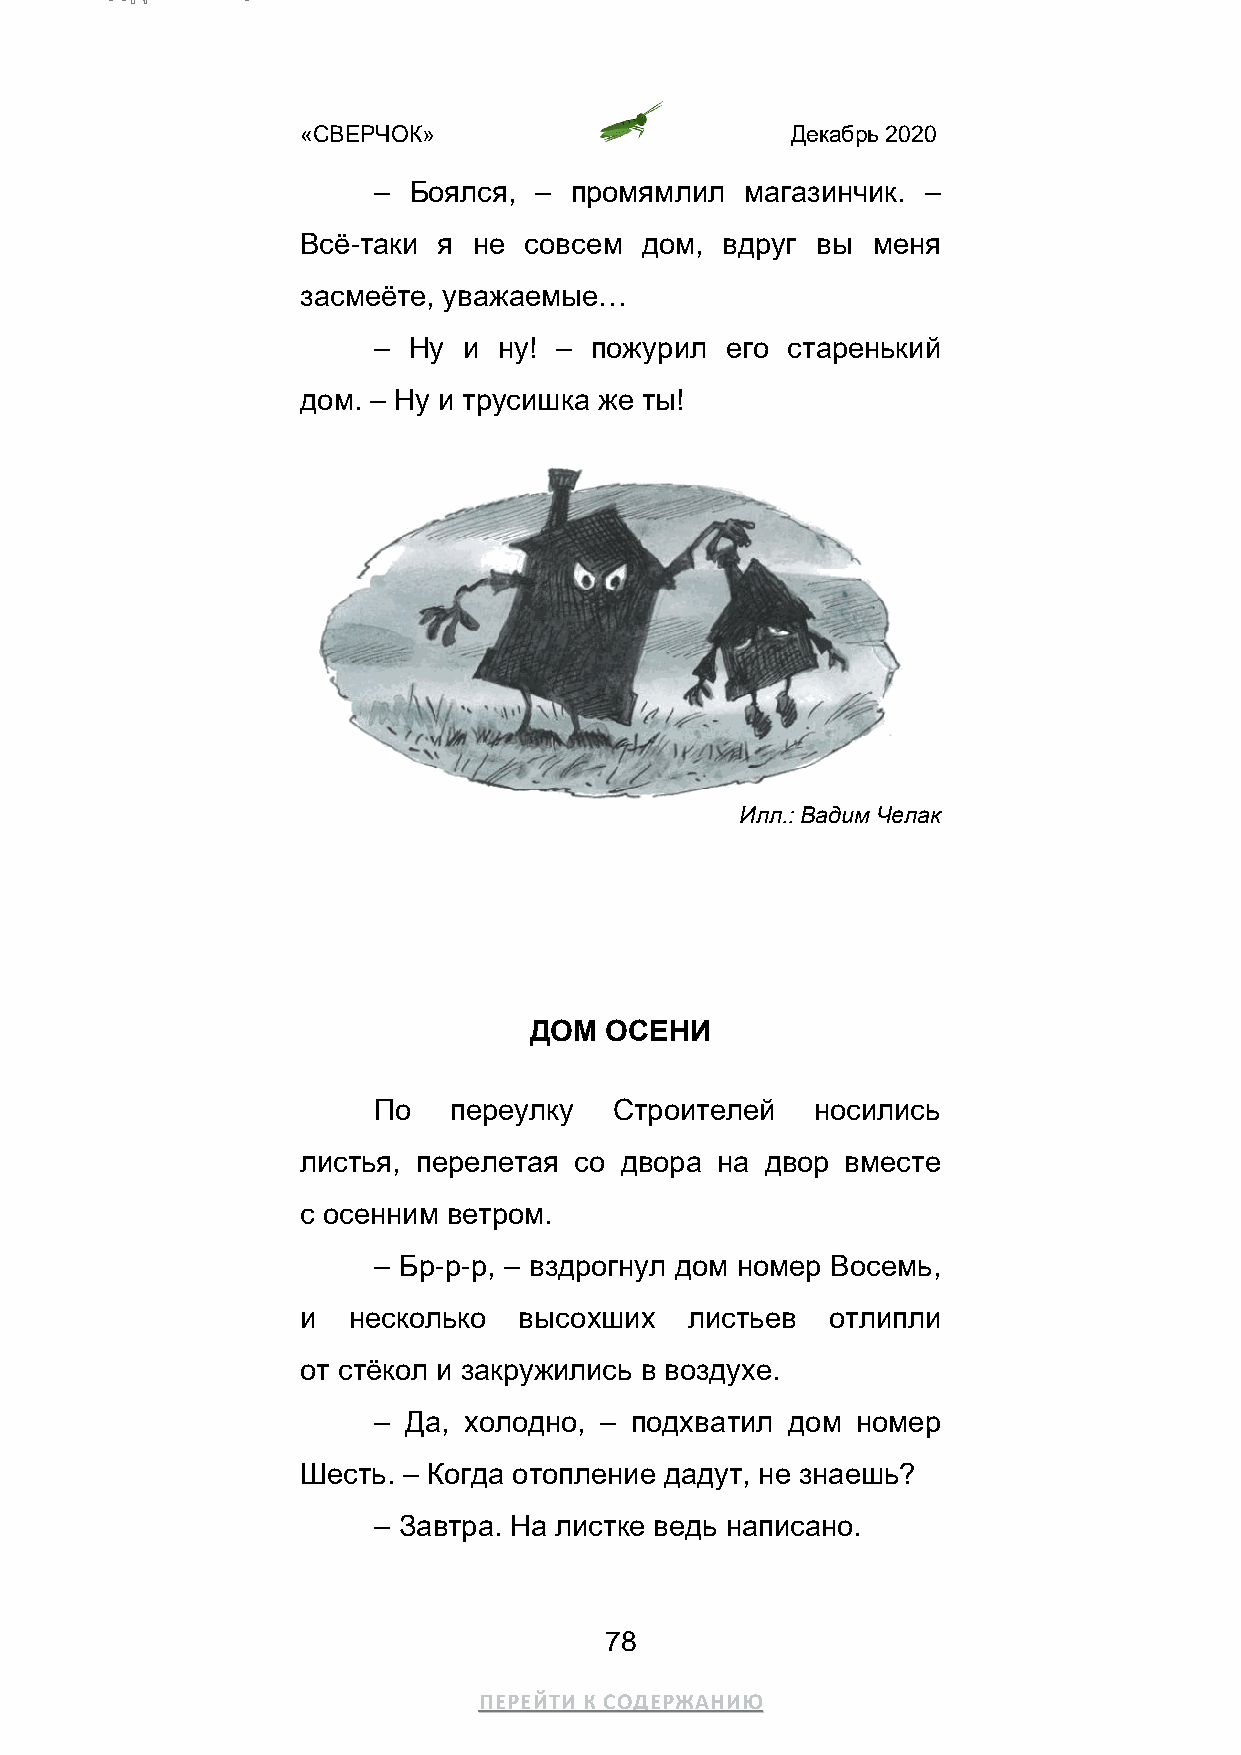
«СВЕРЧОК»                       Декабрь 2020
 – Боялся, –  промямлил  магазинчик. –
 Всё-таки я не  совсем дом,  вдруг вы  меня
 засмеёте, уважаемые…
 – Ну  и ну! – пожурил  его старенький
 дом. – Ну и трусишка же ты!
 Илл.: Вадим Челак
 ДОМ  ОСЕНИ
 По   переулку   Строителей   носились
 листья, перелетая со двора на  двор вместе
 с осенним ветром.
 – Бр-р-р, – вздрогнул дом номер Восемь,
 и  несколько  высохших    листьев  отлипли
 от стёкол и закружились в воздухе.
 – Да, холодно, – подхватил дом  номер
 Шесть. – Когда отопление дадут, не знаешь?
 – Завтра. На листке ведь написано.
 78
 ПЕРЕЙТИ К СОДЕРЖАНИЮ